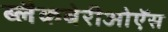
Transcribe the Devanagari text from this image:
ब्लैकबेरीओऍस